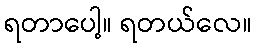
ရတာပေါ့။ ရတယ်လေ။